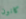
كانون